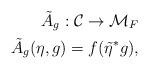
LaTeX: \begin{align*}{\tilde A}_g:{\cal C}\rightarrow {\cal M}_F\\{\tilde A}_g(\eta,g)=f(\tilde{\eta}^*g),\end{align*}